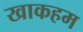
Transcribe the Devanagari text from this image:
खाकहम